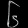
Digit: ၆